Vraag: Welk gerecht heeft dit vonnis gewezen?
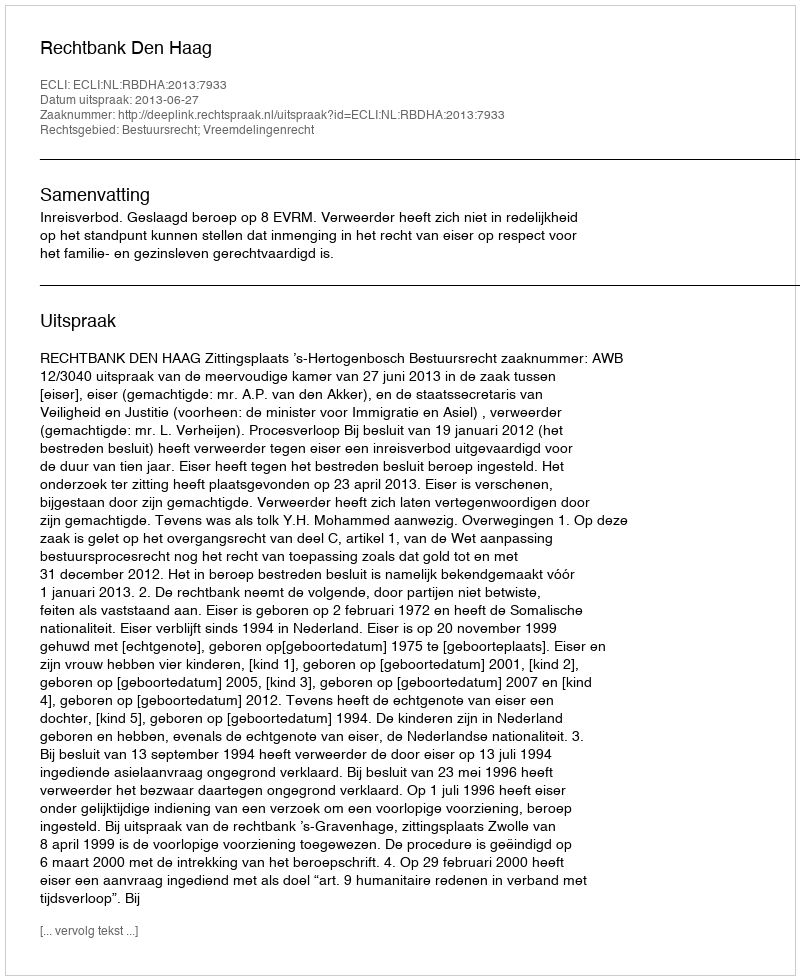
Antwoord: Rechtbank Den Haag